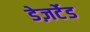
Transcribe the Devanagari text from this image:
डेज़र्टेड